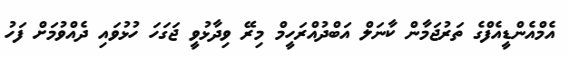
އެމްއެންޑީއެފްގެ ތަރުޖަމާންް ކާނަލް އަބްދުއްރަހީމް މިރޭ ވިދާޅުވީ ޖަގަހަ ހުޅުވައި ދެއްވުމަށް ފަހު